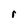
Character: r